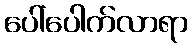
ပေါ်ပေါက်လာရာ